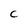
Character: C